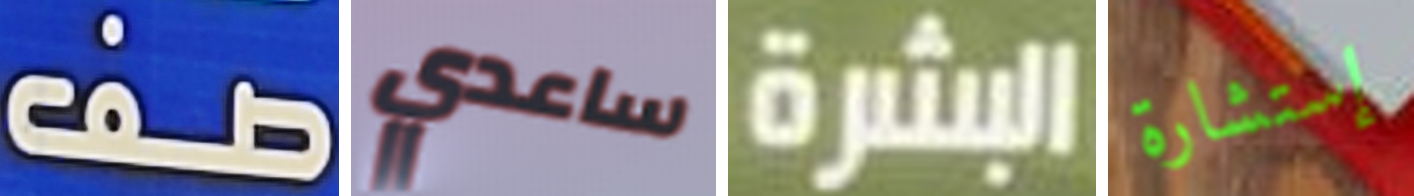
صف ساعدي البشرة إستشارة